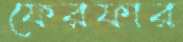
ফেরফার